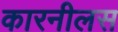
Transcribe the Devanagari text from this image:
कारनीलस